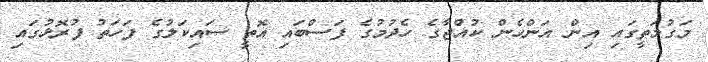
މަގުމަތީގައި އިން އަންހެން ކުއްޖާގެ ހެދުމުގެ ފަސްބައި އޮތީ ސައިކަލުގެ ފަހަތު ފުރޮޅުގައި